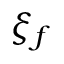
\xi _ { f }